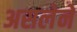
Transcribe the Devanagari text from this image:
असलेने